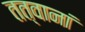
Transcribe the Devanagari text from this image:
तत्वानां